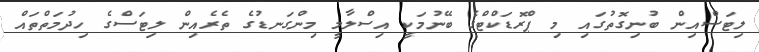
ލިޓަސްއިން ބުނިގޮތުގައި މި ޕްރޮޑަކްޓްގެ ބޭނުމަކީ އިސްލާމީ މިންގަނޑުގެ ތެރެއިން ލިޓަސްގެ ހިދުމަތްތައް